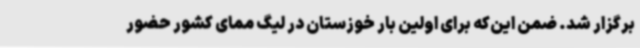
برگزار شد. ضمن این‌که برای اولین بار خوزستان در لیگ ممای کشور حضور